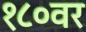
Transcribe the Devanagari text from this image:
१८०वर